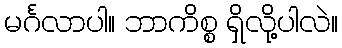
မင်္ဂလာပါ။ ဘာကိစ္စ ရှိလို့ပါလဲ။